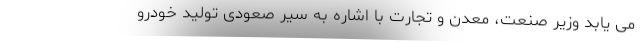
می یابد وزیر صنعت، معدن و تجارت با اشاره به سیر صعودی تولید خودرو